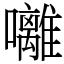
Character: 囄